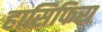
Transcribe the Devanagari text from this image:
हासिफिरा